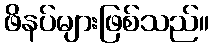
ဖိနပ်များဖြစ်သည်။